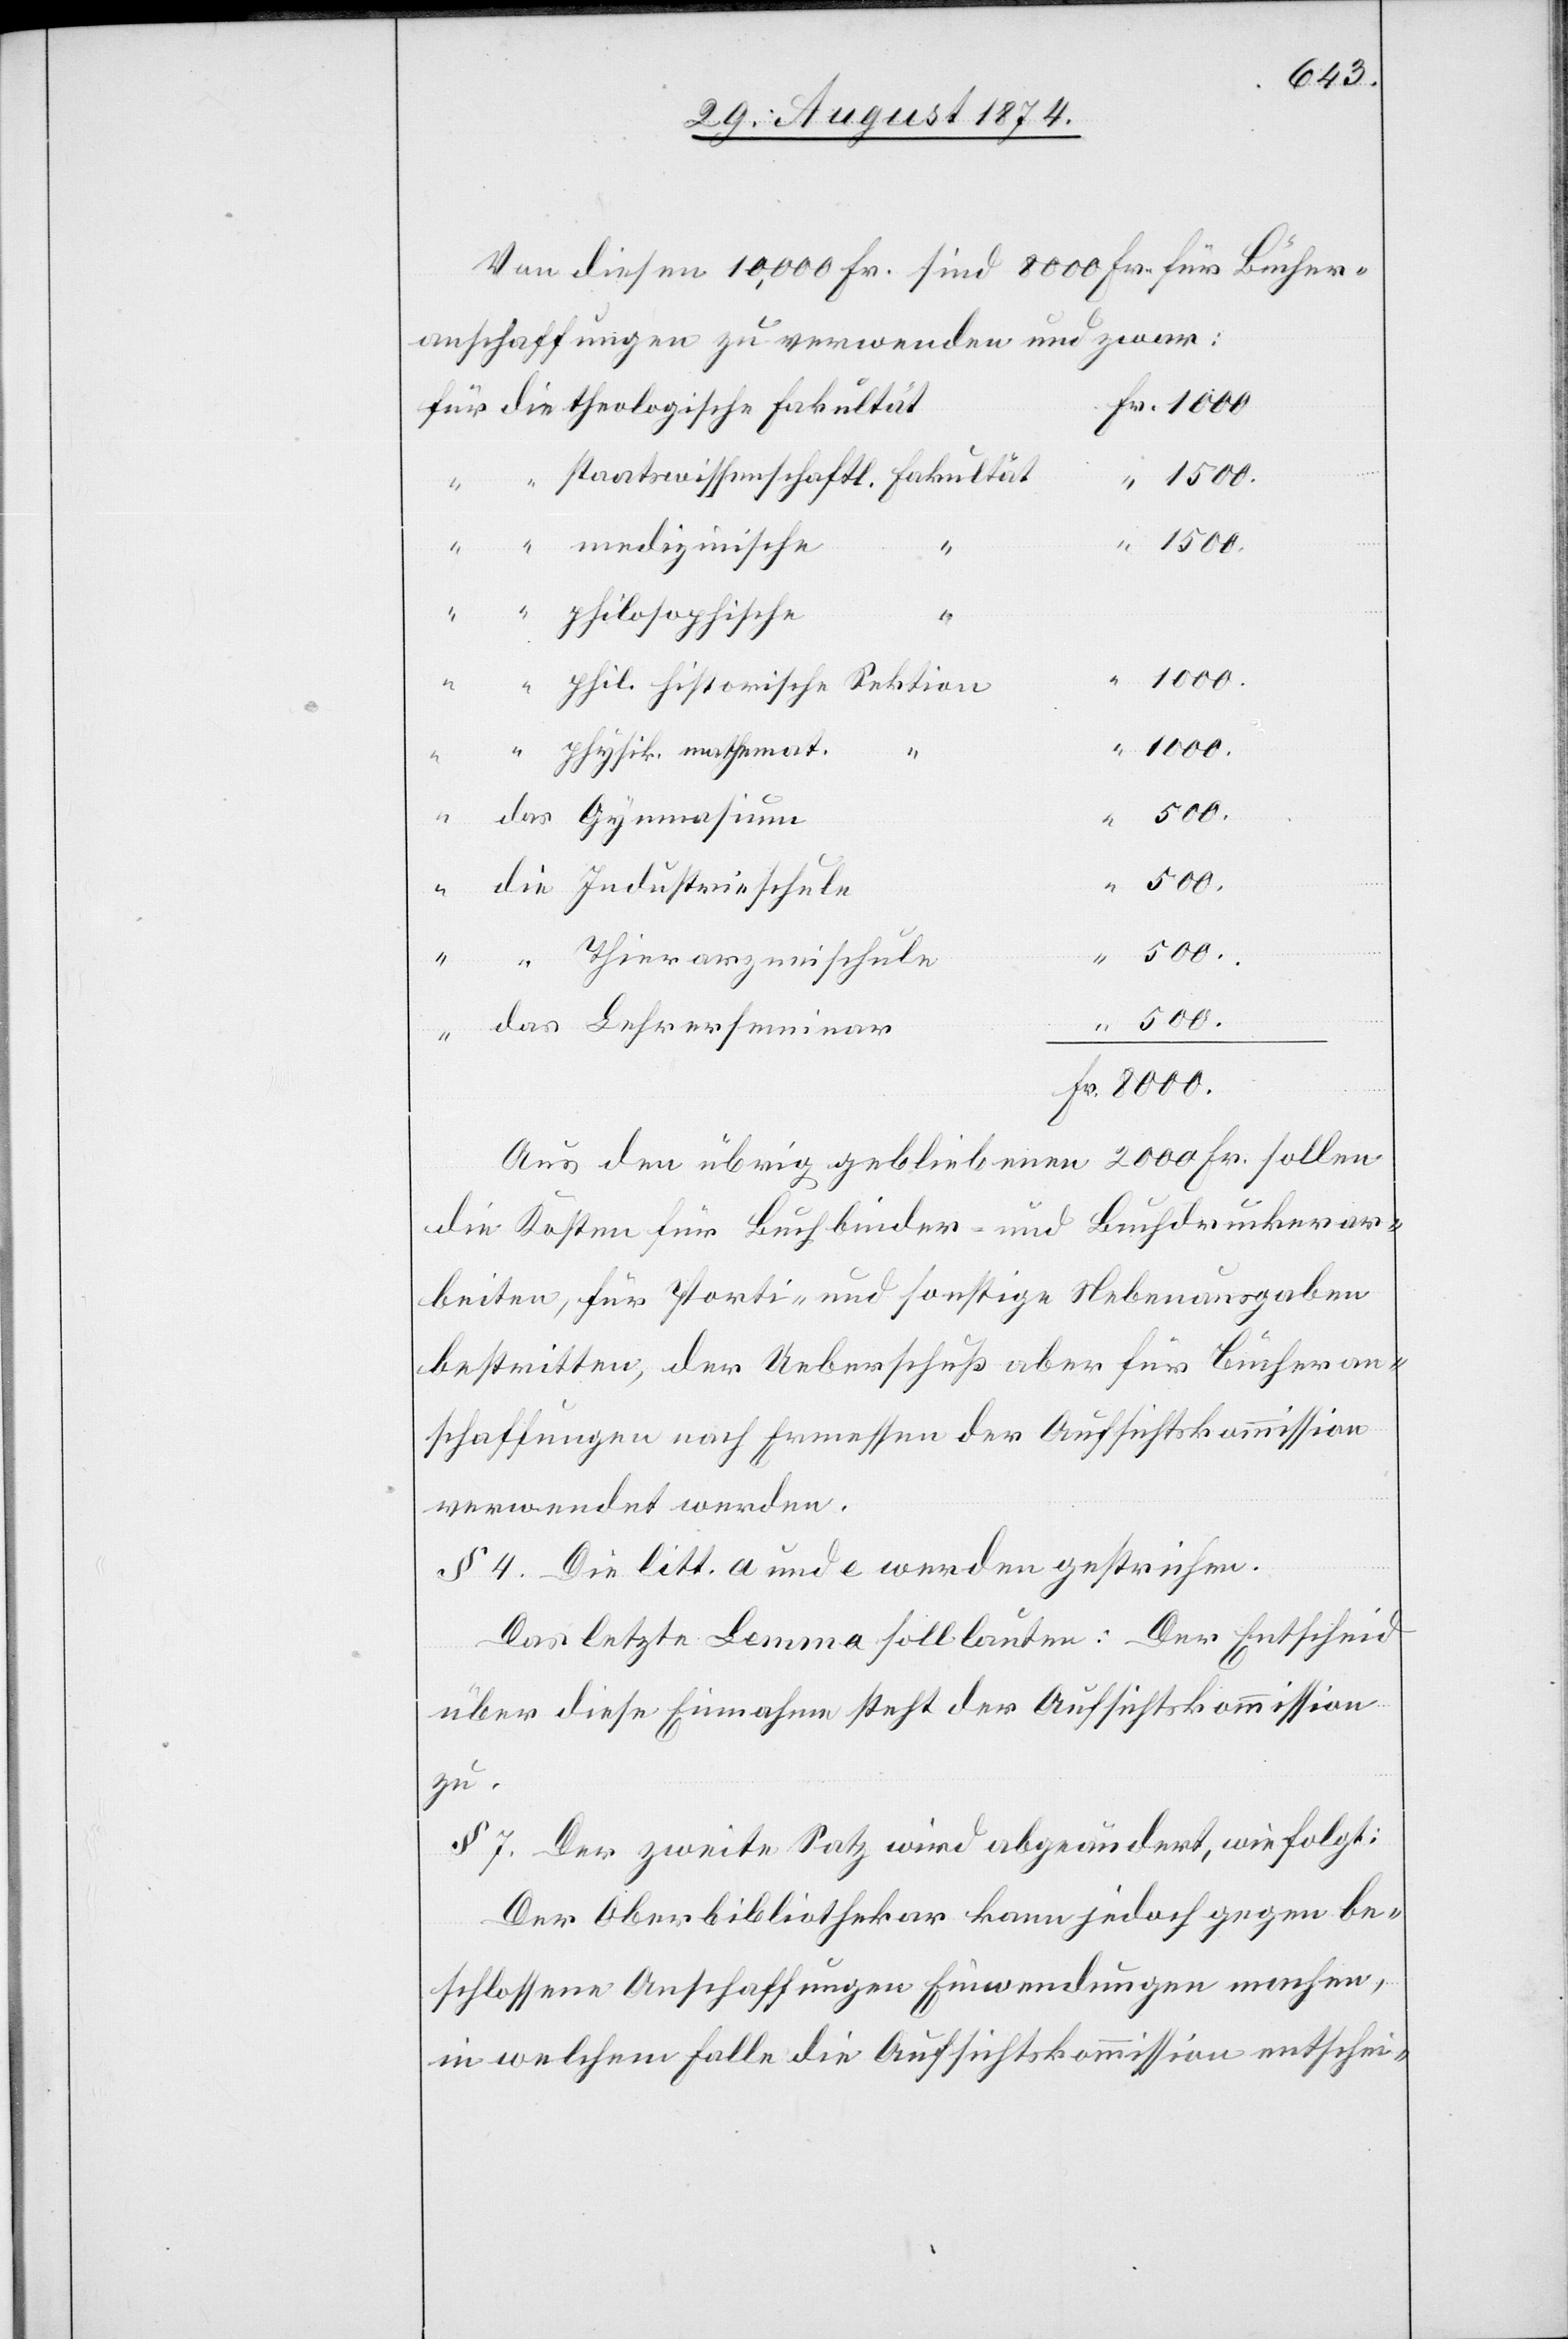
Von diesen 10,000 Fr. sind 8000 Fr. für Bücher¬
anschaffungen zu verwenden und zwar:
philosophische
Fr.
8000.
1000.
physik. mathemat.
“
rseminar
500.
Aus den übrig gebliebenen 2000 Fr. sollen
die Kosten für Buchbinder und Buchdruckerar¬
beiten, für Porti- und sonstige Nebenausgaben
bestritten, der Ueberschuß aber für Bücheran¬
schaffungen nach Ermessen der Aufsichtskommission
verwendet werden.
§ 4. Die litt. a und e werden gestrichen.
Das letzte Lemma soll lauten: Der Entscheid
über diese Einnahme steht der Aufsichtskommision
zu.
§ 7. Der zweite Satz wird abgeändert, wie folgt:
Der Oberbibliothekar kann jedoch gegen be¬
schlossene Anschaffungen Einwendungen machen,
in welchem Falle die Aufsichtskommission entschei-